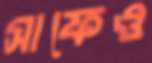
সাফেও